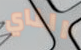
الناي